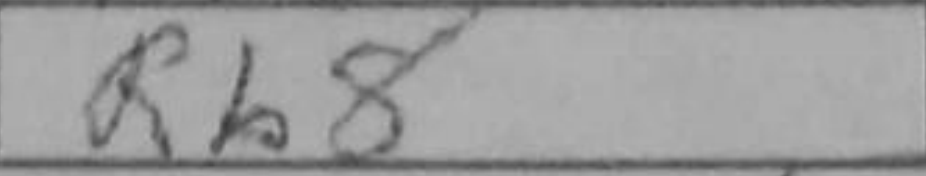
Transcription: Rb8